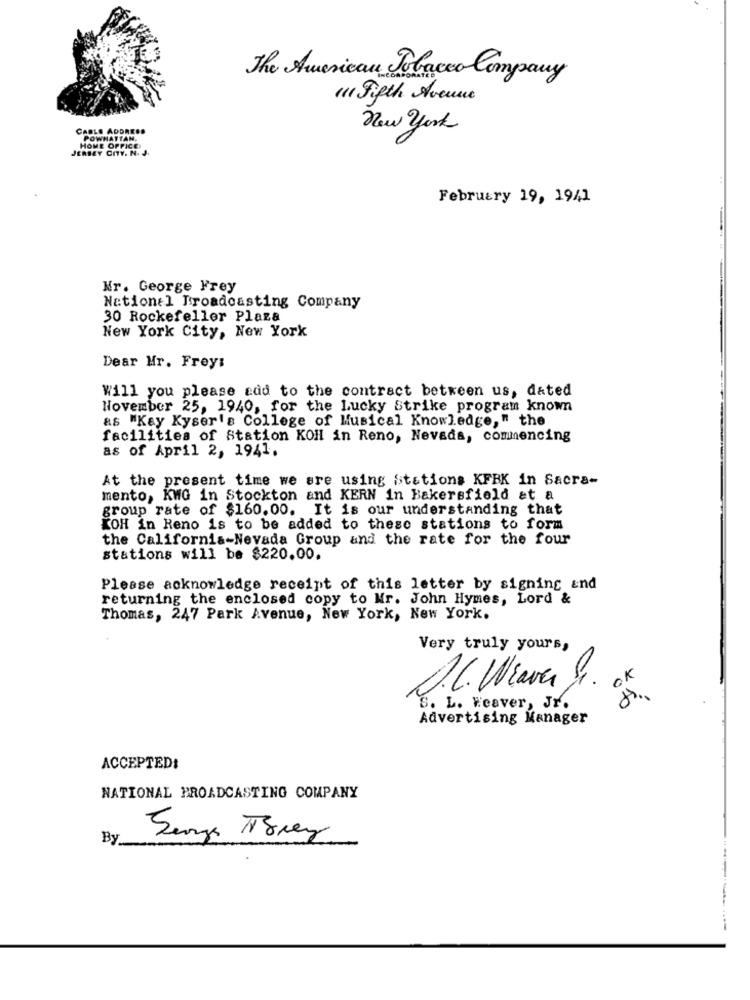
The American Tobacco Company
1.1 Fifth Avenue
CABLE ADDRESS
New york
POWHATTAM.
JERSEY CITY. N. J
HOME OFFICE
February 19, 1941
Nr. George Frey
Nationel Broadcasting Company
30 Rockefeller Plaza
New York City, New York
Dear Mr. Frey:
Will you please add to the contract between us, dated
November 25, 1940, for the Lucky Strike program known
as "Kay Kyser's College of Musical Knowledge, " the
facilities of Station KOH in Reno, Nevada, commencing
as of April 2, 1941.
At the present time we are using Stations KFBK in Sacra-
mento, KWG in Stockton and KERN In Bakersfield at a
group rate of $160.00. It is our understanding that
KOH in Reno is to be added to these stations to form
the California-Nevada Group and the rate for the four
stations will be $220.00.
Please acknowledge receipt of this letter by signing and
returning the enclosed copy to Mr. John Hymes, Lord &
Thomas, 247 Park Avenue, New York, New York.
Very truly yours,
D.C. Weaver y.
S. L. Weaver, Jr.
Advertising Manager
ACCEPTED:
NATIONAL BROADCASTING COMPANY
By
Senge brez